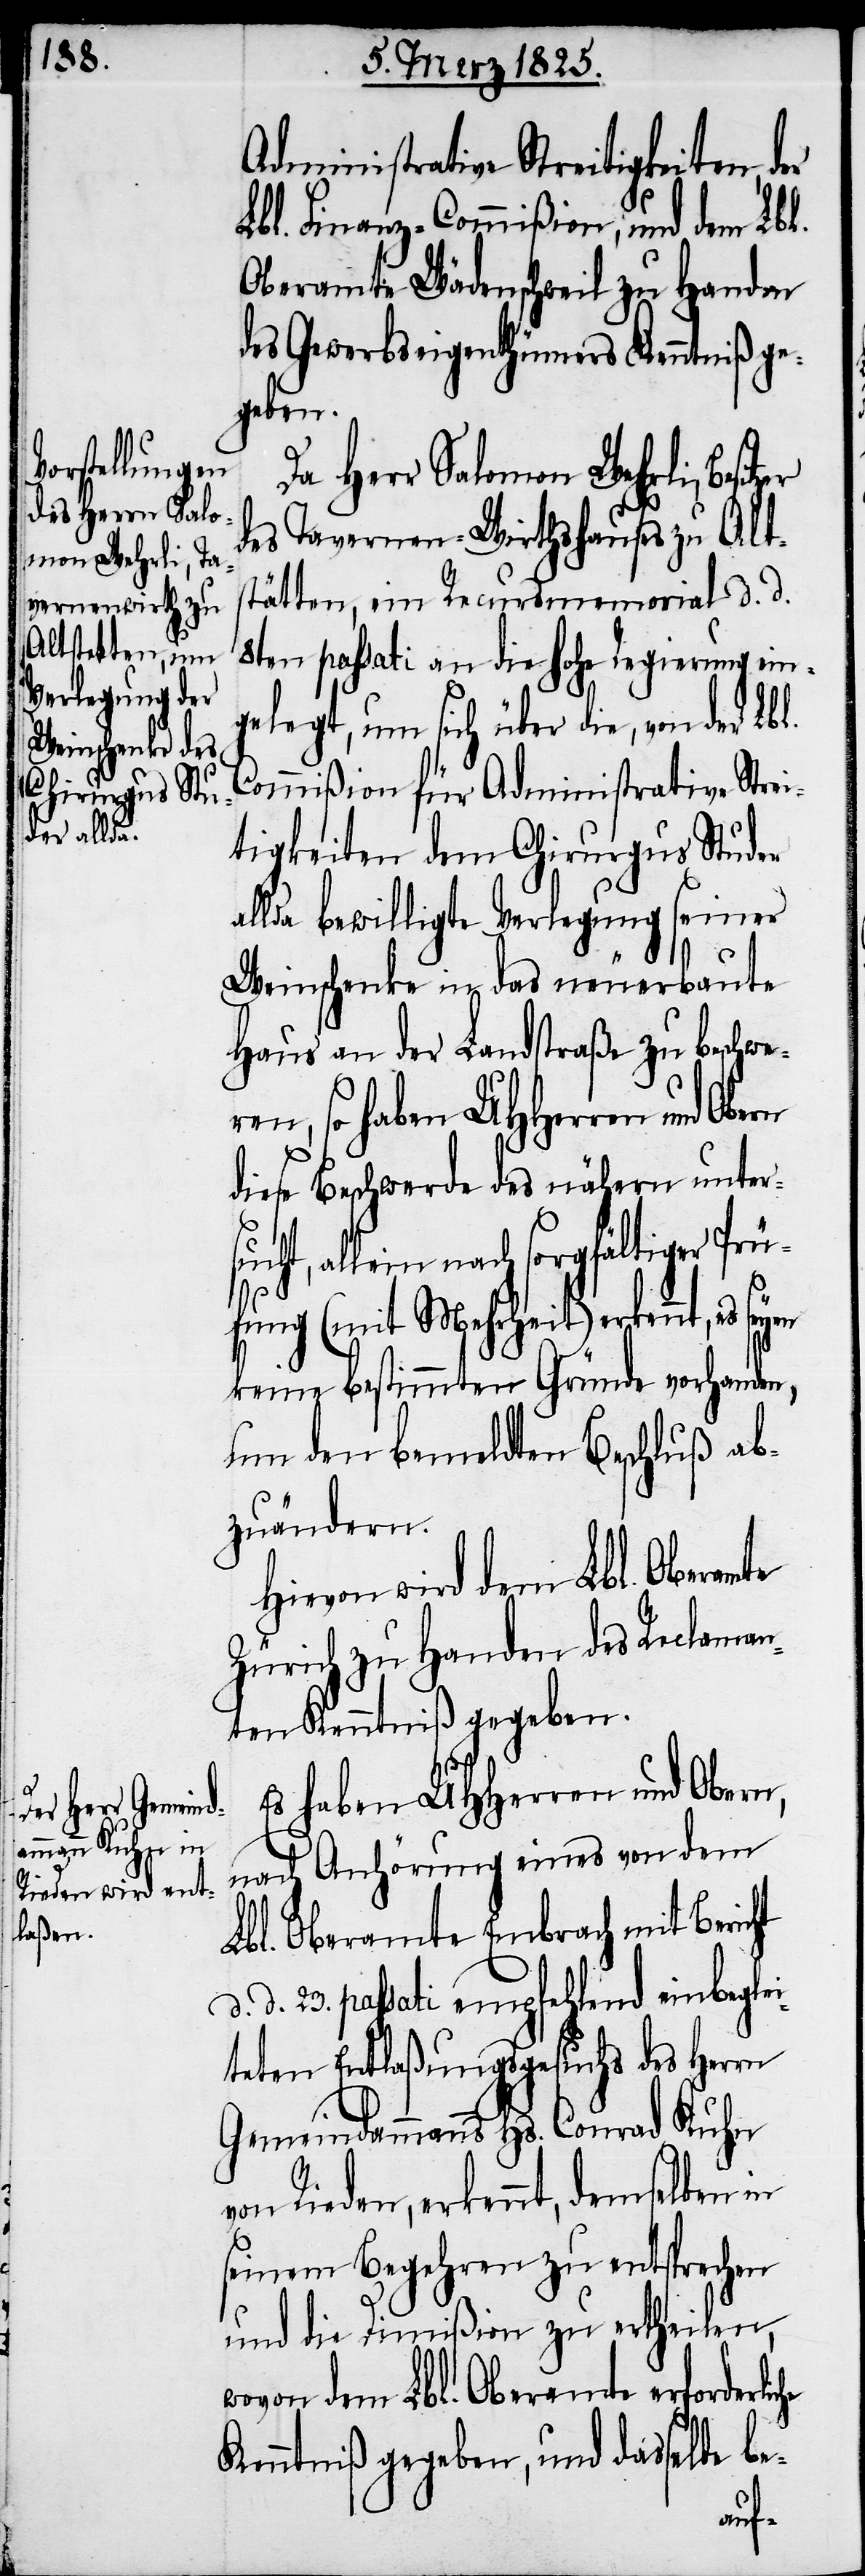
Administrative Streitigkeiten, der
Lbl. Finanz-Commißion, und dem Lbl.
Oberamte Wädenschweil zu Handen
des Gewerbseigenthümers Kenntniß ge¬
ren,
Da Herr Salomon Wehrli,
des Tavernen-Wirthshauses zu Alt¬
stätten, ein Recursmemorial d. d.
8ten passati an die hohe Regierung ein¬
gelegt, um sich über die, von der
Commißion für Administrative Strei¬
tigkeiten dem Chirurgus Studer
allda bewilligte Verlegung seiner
Weinschenke in das neuerbaute
Haus an der Landstraße zu beschwe¬
diese Beschwerde des nähern unter¬
ht, allein nach sorgfältiger Prü¬
fung (mit Mehrheit) erkennt, es
keine bestimmten Gründe vorhanden,
um den bemeldten Beschluß ab¬
zuändern.
Hievon wird dem Lbl. Oberamte
Zürich zu Handen des Reclaman¬
ten Kenntniß gegeben.
Es haben UHHerren und Obern,
nach Anhörung eines von dem
Lbl. Oberamte Embrach mit Bericht
d. 23. passati empfehlend einbeglei¬
teten Entlaßungsgesuchs des Herrn
Gemeindammanns Hs. Conrad Kuhn
von Rieden, erkennt, demselben
seinem Begehren zu entsprechen
und die Dimißion zu ertheilen,
wovon dem Lbl. Oberamte erforderli¬
Kenntniß gegeben, und dasselbe be-
che